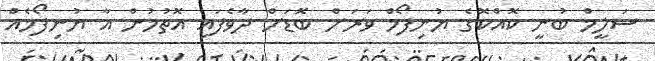
ސަލީމް ބުނީ ކޮއްކޮގެ ޔުނިފޯމް ވަރަށް ބޮޑަށް ދާވެފައި އޮތުމުން އާ ޔުނިފޯމެއް